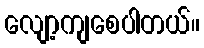
လျော့ကျစေပါတယ်။